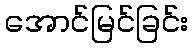
အောင်မြင်ခြင်း